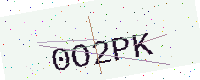
Text: 0O2PK